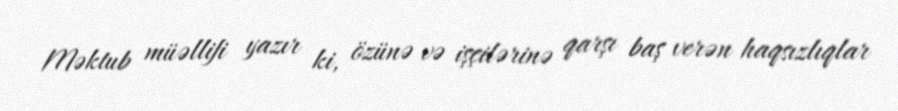
Məktub müəllifi yazır ki, özünə və işçilərinə qarşı baş verən haqsızlıqlar